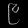
Digit: ၉